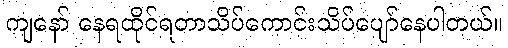
ကျနော် နေရထိုင်ရတာသိပ်ကောင်းသိပ်ပျော်နေပါတယ်။